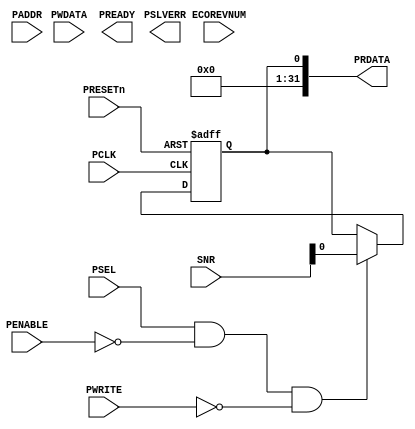
module SNR_APB_interface(
  input  wire        PCLK,     
  //input  wire        PCLKG,    
  input  wire        PRESETn,  

  input  wire        PSEL,     
  input  wire [11:2] PADDR,    
  input  wire        PENABLE,  
  input  wire        PWRITE,   
  input  wire [31:0] PWDATA,   

  input  wire [3:0]  ECOREVNUM,

  output wire [31:0] PRDATA,   
  output wire        PREADY,   
  output wire        PSLVERR,  

  input  wire [16:0] SNR 
);

reg PRDATA_REG;

assign apb_read = PSEL & (~PENABLE) & (~PWRITE);
assign PRDATA = PRDATA_REG;
always@(posedge PCLK or negedge PRESETn) begin
    if(~PRESETn) begin
        PRDATA_REG <= 32'b0;
    end
    else if(apb_read) PRDATA_REG <= {15'b0,SNR};
    else PRDATA_REG <= PRDATA_REG;
end

endmodule